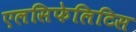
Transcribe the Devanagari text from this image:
एलसिफेलिटिस